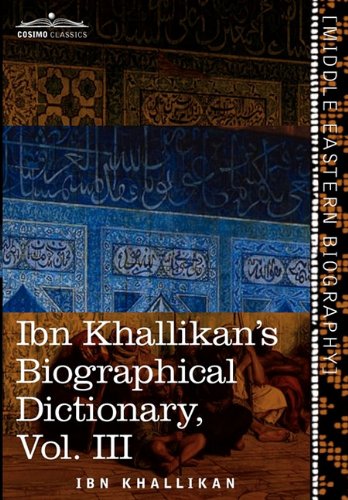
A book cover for Ibn Khallikan's Biographical Dictionary, Vol. III (in 4 Volumes); Ibn Khallikan; Literature & Fiction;